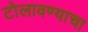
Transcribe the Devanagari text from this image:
टोलावण्याचा